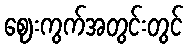
ဈေးကွက်အတွင်းတွင်